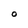
Character: O